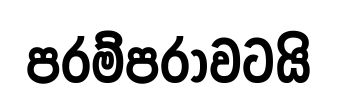
පරම්පරාවටයි